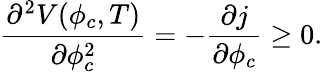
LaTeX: {\frac{\partial^{2}V(\phi_{c},T)}{\partial\phi_{c}^{2}}}=-{\frac{\partial j}{\partial\phi_{c}}}\ge 0.